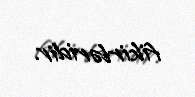
fikirləridir.